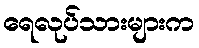
ရေလုပ်သားများက